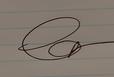
Signature authenticity: genuine